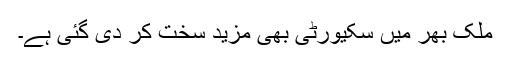
ملک بھر میں سکیورٹی بھی مزید سخت کر دی گئی ہے۔